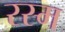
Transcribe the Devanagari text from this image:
रस्‍म